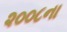
૨૦૦૮ના